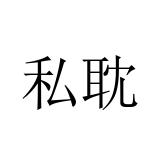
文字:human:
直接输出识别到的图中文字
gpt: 私耽